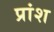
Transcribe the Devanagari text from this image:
प्रांश